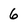
Character: 6